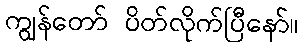
ကျွန်တော် ပိတ်လိုက်ပြီနော်။